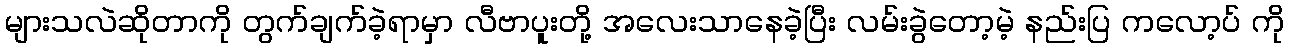
များသလဲဆိုတာကို တွက်ချက်ခဲ့ရာမှာ လီဗာပူးတို့ အလေးသာနေခဲ့ပြီး လမ်းခွဲတော့မဲ့ နည်းပြ ကလော့ပ် ကို